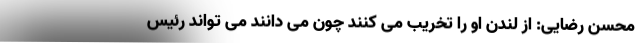
محسن رضایی: از لندن او را تخریب می کنند چون می دانند می تواند رئیس